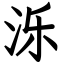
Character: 泺